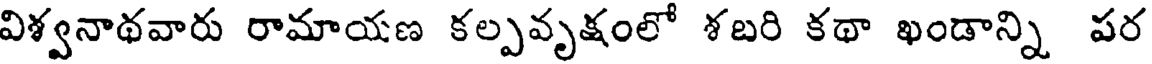
విశ్వనాథవారు రామాయణ కల్పవృక్షంలో శబరి కథా ఖండాన్ని పర